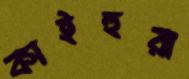
কাইহুরা